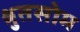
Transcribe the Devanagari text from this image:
श्रुतसोम